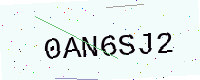
Text: 0AN6SJ2